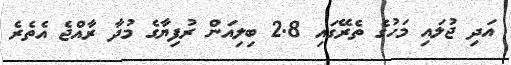
އަދި ޖުލައި މަހުގެ ތެރޭގައި 2.8 ބިލިއަން ރުފިޔާގެ މުދާ ރާއްޖެ އެތެރެ